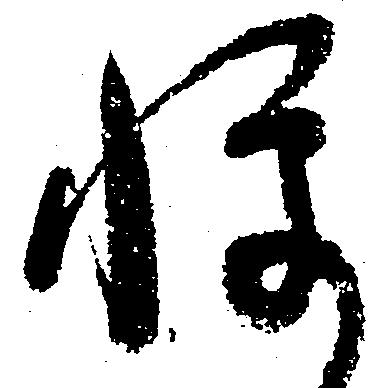
憚